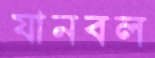
যানবল